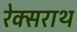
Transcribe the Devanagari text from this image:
रेक्सराथ